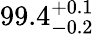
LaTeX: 99.4_{-0.2}^{+0.1}\